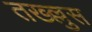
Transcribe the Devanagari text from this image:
तख्ल्लुस